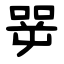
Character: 㖾